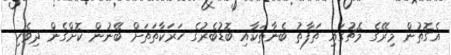
އެގޮތުން މިރޭގެ މެޗުގައި ތަފާތު ބެނާތަކާއި ބޮޑުބެރުގެ ހަރަކާތަތަށް ބޭނުން ކޮށްގެން ދިވެހި